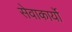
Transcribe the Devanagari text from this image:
सेवाकार्यो